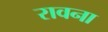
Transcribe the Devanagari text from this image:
रावना